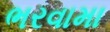
ભરવામા